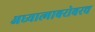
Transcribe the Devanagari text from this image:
अध्यात्माबरोबरच